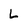
Character: L